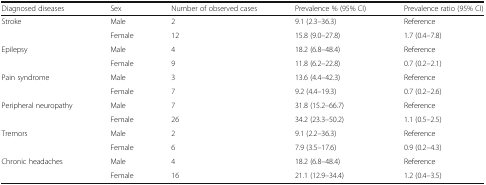
<table><thead><tr><td><b>Diagnosed diseases</b></td><td><b>Sex</b></td><td><b>Number of observed cases</b></td><td><b>Prevalence % (95% CI)</b></td><td><b>Prevalence ratio (95% CI)</b></td></tr></thead><tbody><tr><td rowspan="2">Stroke</td><td>Male</td><td>2</td><td>9.1 (2.3–36.3)</td><td>Reference</td></tr><tr><td>Female</td><td>12</td><td>15.8 (9.0–27.8)</td><td>1.7 (0.4–7.8)</td></tr><tr><td rowspan="2">Epilepsy</td><td>Male</td><td>4</td><td>18.2 (6.8–48.4)</td><td>Reference</td></tr><tr><td>Female</td><td>9</td><td>11.8 (6.2–22.8)</td><td>0.7 (0.2–2.1)</td></tr><tr><td rowspan="2">Pain syndrome</td><td>Male</td><td>3</td><td>13.6 (4.4–42.3)</td><td>Reference</td></tr><tr><td>Female</td><td>7</td><td>9.2 (4.4–19.3)</td><td>0.7 (0.2–2.6)</td></tr><tr><td rowspan="2">Peripheral neuropathy</td><td>Male</td><td>7</td><td>31.8 (15.2–66.7)</td><td>Reference</td></tr><tr><td>Female</td><td>26</td><td>34.2 (23.3–50.2)</td><td>1.1 (0.5–2.5)</td></tr><tr><td rowspan="2">Tremors</td><td>Male</td><td>2</td><td>9.1 (2.2–36.3)</td><td>Reference</td></tr><tr><td>Female</td><td>6</td><td>7.9 (3.5–17.6)</td><td>0.9 (0.2–4.3)</td></tr><tr><td rowspan="2">Chronic headaches</td><td>Male</td><td>4</td><td>18.2 (6.8–48.4)</td><td>Reference</td></tr><tr><td>Female</td><td>16</td><td>21.1 (12.9–34.4)</td><td>1.2 (0.4–3.5)</td></tr></tbody></table>